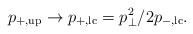
LaTeX: \begin{align*}p_{+,\rm up} \rightarrow p_{+,\rm lc}=p_{\bot}^2/2p_{-,\rm lc}.\end{align*}